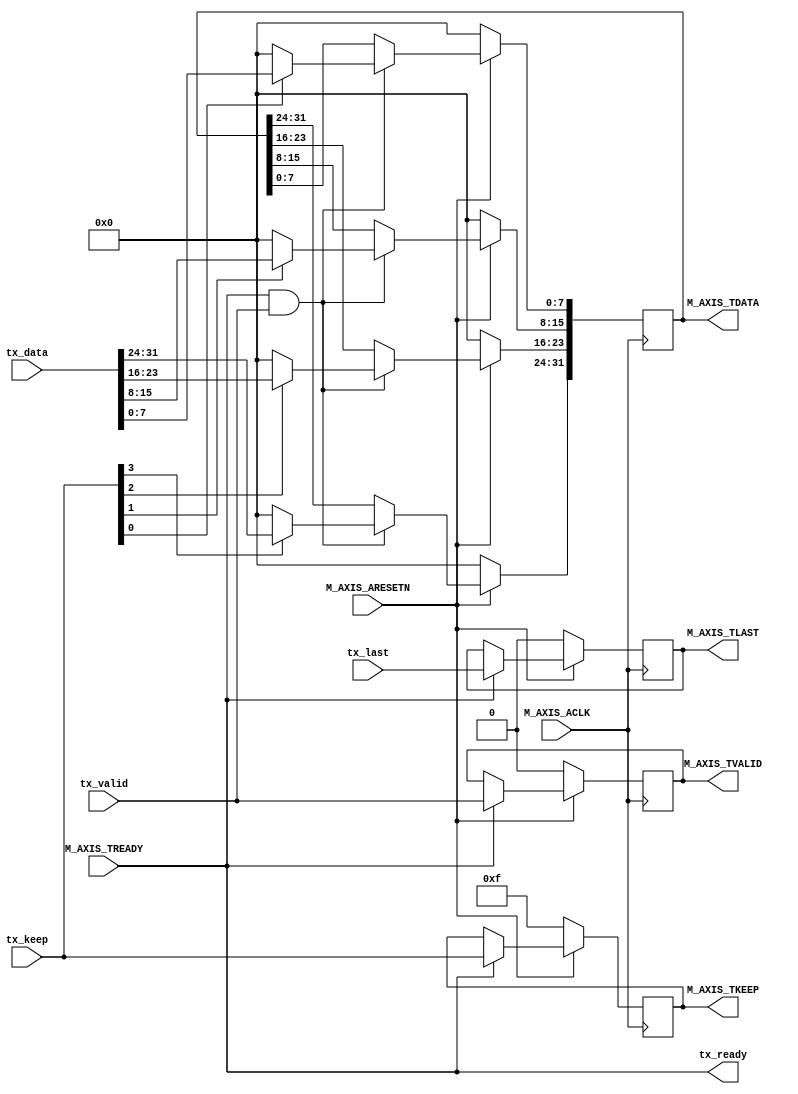

`timescale 1 ns / 1 ps

module myip_v1_0_M00_AXIS #
       (
           // Users to add parameters here

           // User parameters ends
           // Do not modify the parameters beyond this line

           // Width of S_AXIS address bus. The slave accepts the read and write addresses of width C_M_AXIS_TDATA_WIDTH.
           parameter integer C_M_AXIS_TDATA_WIDTH	= 32,
           // Start count is the number of clock cycles the master will wait before initiating/issuing any transaction.
           parameter integer C_M_START_COUNT	= 32
       )
       (
           // Users to add ports here
           output reg tx_ready,
           input tx_valid,
           input tx_last,
           input [C_M_AXIS_TDATA_WIDTH-1:0] tx_data,
           input [(C_M_AXIS_TDATA_WIDTH/8)-1 : 0] tx_keep,
           // User ports ends
           // Do not modify the ports beyond this line

           // Global ports
           input wire  M_AXIS_ACLK,
           //
           input wire  M_AXIS_ARESETN,
           // Master Stream Ports. TVALID indicates that the master is driving a valid transfer, A transfer takes place when both TVALID and TREADY are asserted.
           output wire  M_AXIS_TVALID,
           // TDATA is the primary payload that is used to provide the data that is passing across the interface from the master.
           output wire [C_M_AXIS_TDATA_WIDTH-1 : 0] M_AXIS_TDATA,
           // TKEEP
           output wire [(C_M_AXIS_TDATA_WIDTH/8)-1 : 0] M_AXIS_TKEEP,
           // TLAST indicates the boundary of a packet.
           output wire  M_AXIS_TLAST,
           // TREADY indicates that the slave can accept a transfer in the current cycle.
           input wire  M_AXIS_TREADY
       );
// Total number of output data
localparam NUMBER_OF_OUTPUT_WORDS = 8;

// function called clogb2 that returns an integer which has the
// value of the ceiling of the log base 2.
function integer clogb2 (input integer bit_depth);
    begin
        for(clogb2=0; bit_depth>0; clogb2=clogb2+1)
            bit_depth = bit_depth >> 1;
    end
endfunction

// WAIT_COUNT_BITS is the width of the wait counter.
localparam integer WAIT_COUNT_BITS = clogb2(C_M_START_COUNT-1);

// bit_num gives the minimum number of bits needed to address 'depth' size of FIFO.
localparam bit_num  = clogb2(NUMBER_OF_OUTPUT_WORDS);

// AXI Stream internal signals
//streaming data valid
wire  	axis_tvalid;
//streaming data valid delayed by one clock cycle
reg  	axis_tvalid_delay;
//Last of the streaming data
wire  	axis_tlast;
//Last of the streaming data delayed by one clock cycle
reg  	axis_tlast_delay;
//FIFO implementation signals
reg [C_M_AXIS_TDATA_WIDTH-1 : 0] 	stream_data_out;
wire  	tx_en;
//The master has issued all the streaming data stored in FIFO
reg  	tx_done;

wire [C_M_AXIS_TDATA_WIDTH/8-1:0] axis_tkeep;
reg [C_M_AXIS_TDATA_WIDTH/8-1:0] axis_tkeep_delay;


// I/O Connections assignments

assign M_AXIS_TVALID	= axis_tvalid_delay;
assign M_AXIS_TDATA	= stream_data_out;
assign M_AXIS_TLAST	= axis_tlast_delay;
assign M_AXIS_TKEEP	= axis_tkeep_delay;

//tvalid generation
//axis_tvalid is asserted when the control state machine's state is SEND_STREAM and
//number of output streaming data is less than the NUMBER_OF_OUTPUT_WORDS.
assign axis_tvalid = tx_valid;

// AXI tlast generation
// axis_tlast is asserted number of output streaming data is NUMBER_OF_OUTPUT_WORDS-1
// (0 to NUMBER_OF_OUTPUT_WORDS-1)
assign axis_tlast = tx_last;

assign axis_tkeep = tx_keep;


// Delay the axis_tvalid and axis_tlast signal by one clock cycle
// to match the latency of M_AXIS_TDATA
always @(posedge M_AXIS_ACLK) begin
    if (!M_AXIS_ARESETN) begin
        axis_tvalid_delay <= 1'b0;
        axis_tlast_delay <= 1'b0;
        axis_tkeep_delay <= {C_M_AXIS_TDATA_WIDTH/8{1'b1}};
    end
    else if(M_AXIS_TREADY) begin
        axis_tvalid_delay <= axis_tvalid;
        axis_tlast_delay <= axis_tlast;
        axis_tkeep_delay <= axis_tkeep;
    end
end

//FIFO read enable generation

assign tx_en = M_AXIS_TREADY && axis_tvalid;

integer byte_index;
// Streaming output data is read from FIFO
always @( posedge M_AXIS_ACLK ) begin
    for (byte_index=0; byte_index<(C_M_AXIS_TDATA_WIDTH/8); byte_index=byte_index+1) begin
        if(!M_AXIS_ARESETN) begin
            stream_data_out[byte_index*8 +: 8] <= 0;
        end
        else if (tx_en) begin
            if(tx_keep[byte_index])
                stream_data_out[byte_index*8 +: 8] <= tx_data[byte_index*8 +: 8];
            else
                stream_data_out[byte_index*8 +: 8] <= 8'd0;
        end
    end
end

// Add user logic here
always@(posedge M_AXIS_ACLK) begin
    if(!M_AXIS_ARESETN) begin
        tx_done <= 1'b0;
    end
    else
        if (tx_last) begin
            tx_done <= 1'b1;
        end
        else begin
            tx_done <= 1'b0;
        end
end

always@(*) begin
    tx_ready = M_AXIS_TREADY;
end
// User logic ends

endmodule